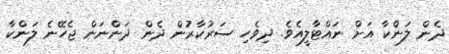
ދެން ލަންކާ އަށް ނައްޓާލީއެވެ. ދިވެހި ސަރުކާރުން ދެން ދަންނަން ޖެހޭނެ ލަންކާ